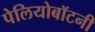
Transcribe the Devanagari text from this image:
पेलियोबॉटनी